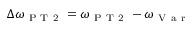
\Delta \omega _ { \mathrm { ~ P ~ T ~ 2 ~ } } = \omega _ { \mathrm { ~ P ~ T ~ 2 ~ } } - \omega _ { \mathrm { ~ V ~ a ~ r ~ } }